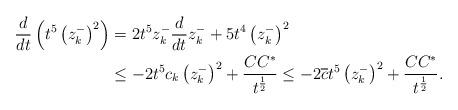
LaTeX: \begin{align*}\frac{d}{dt}\left(t^5 \left(z_{k}^- \right)^2\right) & =2 t^5 z_{k}^- \frac{d}{dt}z_{k}^-+ 5 t^4 \left(z_{k}^- \right)^2 \\& \leq - 2 t^5 c_k \left(z_{k}^- \right)^2 + \frac{C C^*}{t^{\frac 12}} \leq -2 \overline c t^5 \left(z_{k}^- \right)^2 + \frac{CC^*}{t^{\frac 12}}.\end{align*}